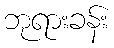
ဘုရားခန်း